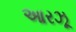
આરઝૂ